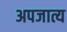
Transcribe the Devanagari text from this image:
अपजात्य